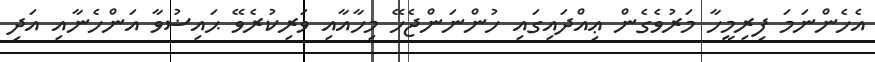
އެހެންނަމަ ފިރިމީހާ މަރުވެގެން ޢިއްދައިގައި ހުންނަންޖެހޭ މިހާއާއި ވަރިކުރެވޭ ޙައިޟުވާ އަންހެނާއި އަދި